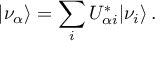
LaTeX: | \nu _ { \alpha } \rangle = \sum _ { i } U _ { \alpha i } ^ { * } | \nu _ { i } \rangle \, .